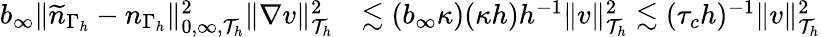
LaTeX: \begin{array}{rl}{b_{\infty}\| \widetilde{n}_{{\Gamma_{h}}}-n_{{\Gamma_{h}}}\| _{0,\infty,\mathcal{T}_{h}}^{2}\| \nabla v\| _{\mathcal{T}_{h}}^{2}}&{\lesssim(b_{\infty}\kappa)(\kappa h)h^{-1}\| v\| _{\mathcal{T}_{h}}^{2}\lesssim(\tau_{c}h)^{-1}\| v\| _{\mathcal{T}_{h}}^{2}}\end{array}